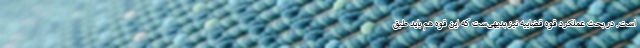
است. در بحث عملکرد قوه قضاییه نیز بدیهی‌ست که این قوه هم باید طبق